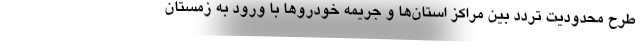
طرح محدودیت تردد بین مراکز استان‌ها و جریمه خودروها با ورود به زمستان